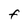
Character: F